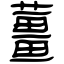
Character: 薑